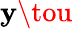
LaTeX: \mathbf{y}\tou